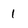
Character: 1